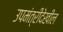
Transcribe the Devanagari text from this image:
उपमंत्रीदेखील